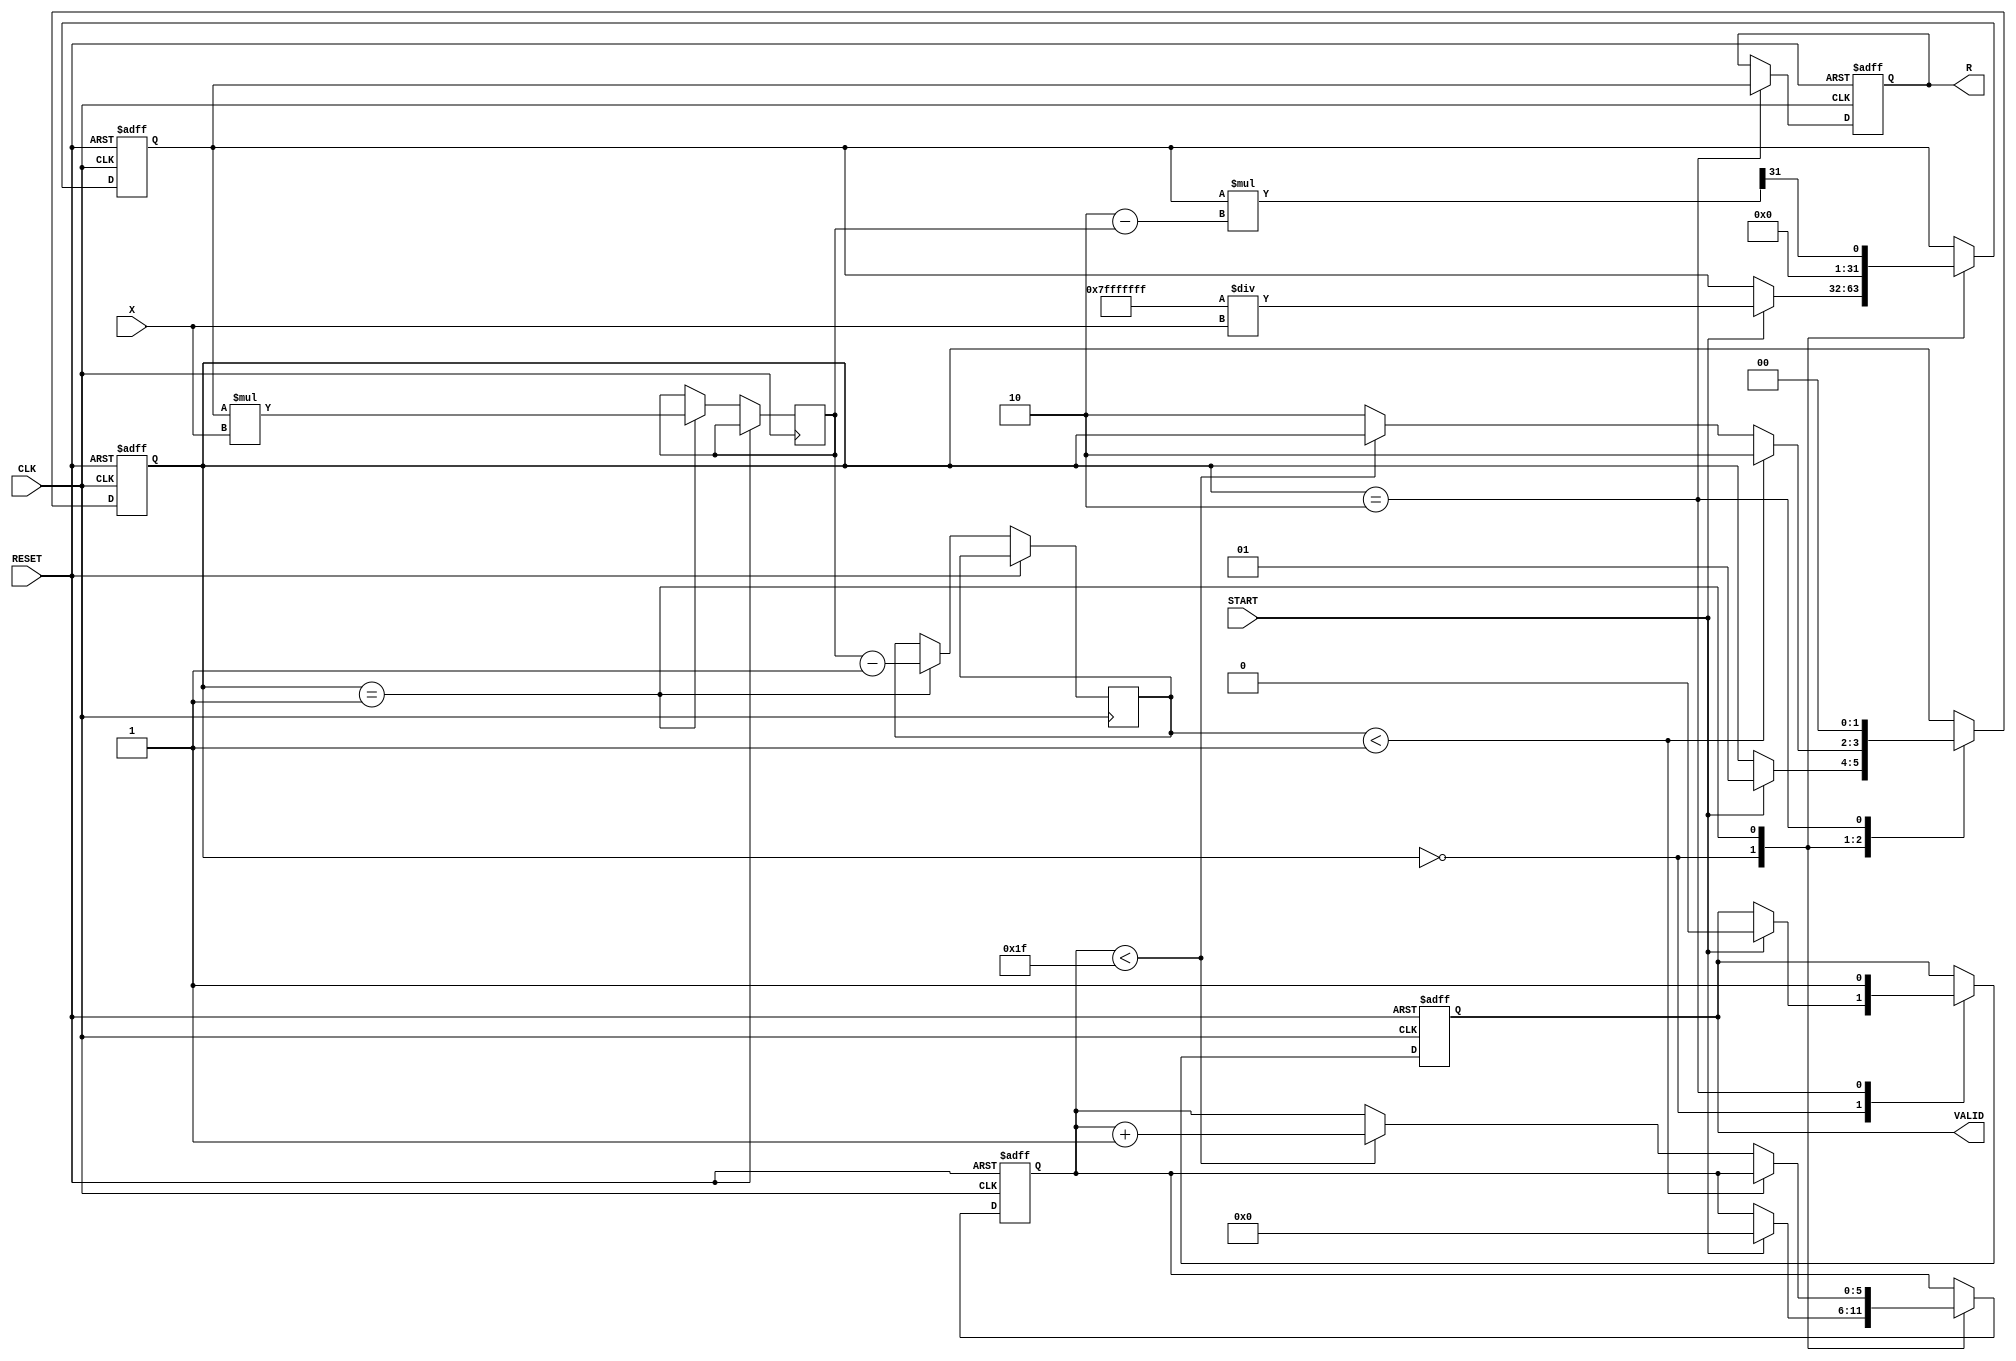
module IterativeReciprocal (
    input wire [31:0] X,        // Input value (Q1.31 format)
    input wire START,           // Start signal
    input wire CLK,             // Clock signal
    input wire RESET,           // Asynchronous reset
    output reg [31:0] R,        // Reciprocal result (Q1.31 format)
    output reg VALID            // Valid signal
);

    reg [31:0] approx;          // Current approximation of the reciprocal
    reg [31:0] multiplier_out;   // Output of the multiplier
    reg [31:0] difference;       // Difference for convergence check
    reg [5:0] iteration_count;   // Iteration counter
    reg [1:0] state;             // State machine for control logic

    localparam IDLE = 2'b00;
    localparam ITERATE = 2'b01;
    localparam DONE = 2'b10;

    // Convergence threshold (adjustable based on precision requirements)
    localparam THRESHOLD = 32'h00000001; // Example threshold

    always @(posedge CLK or posedge RESET) begin
        if (RESET) begin
            R <= 32'b0;
            VALID <= 1'b0;
            approx <= 32'b0;
            iteration_count <= 6'b0;
            state <= IDLE;
        end else begin
            case (state)
                IDLE: begin
                    if (START) begin
                        // Initialize approximation (1/X)
                        approx <= 32'h7FFFFFFF / X; // Initial guess (1/X)
                        iteration_count <= 6'b0;
                        state <= ITERATE;
                        VALID <= 1'b0;
                    end
                end

                ITERATE: begin
                    // Perform Newton-Raphson iteration
                    multiplier_out <= approx * X; // approx * X
                    difference <= multiplier_out - 32'h00000001; // approx * X - 1

                    // Update approximation: approx = approx * (2 - approx * X)
                    approx <= approx * (32'h00000002 - multiplier_out) >> 31; // Shift right for Q1.31

                    // Check for convergence
                    if (difference < THRESHOLD) begin
                        state <= DONE;
                    end else if (iteration_count < 6'd31) begin
                        iteration_count <= iteration_count + 1;
                    end else begin
                        state <= DONE; // Max iterations reached
                    end
                end

                DONE: begin
                    R <= approx; // Output the final approximation
                    VALID <= 1'b1; // Indicate result is valid
                    state <= IDLE; // Go back to IDLE state
                end
            endcase
        end
    end

endmodule